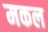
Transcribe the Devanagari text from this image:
मकल